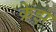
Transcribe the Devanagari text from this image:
क्रेझ